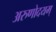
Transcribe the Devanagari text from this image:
अरुणोदयम्